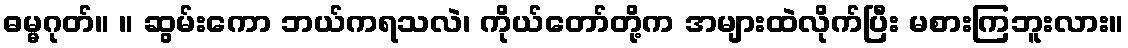
ဓမ္မဂုတ်။ ။ ဆွမ်းကော ဘယ်ကရသလဲ၊ ကိုယ်တော်တို့က အများထဲလိုက်ပြီး မစားကြဘူးလား။